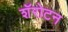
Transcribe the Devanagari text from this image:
शॅरोटन